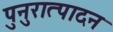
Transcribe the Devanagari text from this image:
पुनुरात्पादन